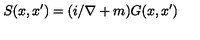
S ( x , x ^ { \prime } ) = ( i / \nabla + m ) G ( x , x ^ { \prime } )